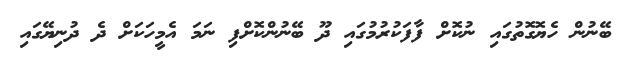
ބޭނުން ހެޔޮގޮތުގައި ނުކޮށް ފާފަކުރުމުގައި ދޫ ބޭނުންކޮށްފި ނަމަ އެމީހަކަށް ދެ ދުނިޔޭގައި